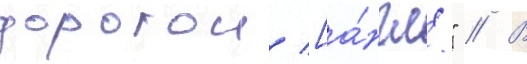
дорогои [а́нгл." // В